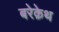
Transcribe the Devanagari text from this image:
बरेक़ेथ